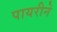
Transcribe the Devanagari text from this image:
पायरीने